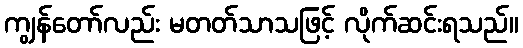
ကျွန်တော်လည်း မတတ်သာသဖြင့် လိုက်ဆင်းရသည်။